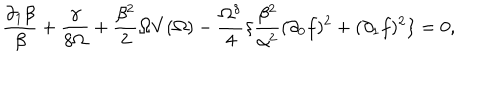
LaTeX: \frac { \partial _ { 1 } \beta } { \beta } + \frac { \gamma } { 8 \Omega } + \frac { \beta ^ { 2 } } { 2 } \Omega V ( \Omega ) - \frac { \Omega ^ { \delta } } { 4 } \{ \frac { \beta ^ { 2 } } { \alpha ^ { 2 } } ( \partial _ { 0 } f ) ^ { 2 } + ( \partial _ { 1 } f ) ^ { 2 } \} = 0 ,